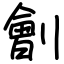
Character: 劊